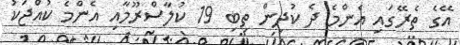
އޭގެ ތެރޭގައި އެންމެ ދެ ކުދިން ތިބި 19 ކުލާސްރޫމާއި އެންމެ ކުއްޖަކު